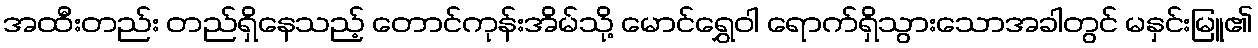
အထီးတည်း တည်ရှိနေသည့် တောင်ကုန်းအိမ်သို့ မောင်ရွှေဝါ ရောက်ရှိသွားသောအခါတွင် မနှင်းမြူ၏